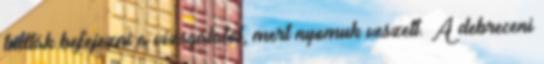
tudták befejezni a vizsgálatot, mert nyomuk veszett. A debreceni